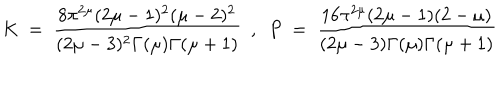
K ~ = ~ \frac { 8 \pi ^ { 2 \mu } ( 2 \mu - 1 ) ^ { 2 } ( \mu - 2 ) ^ { 2 } } { ( 2 \mu - 3 ) ^ { 2 } \Gamma ( \mu ) \Gamma ( \mu + 1 ) } ~ ~ , ~ ~ P ~ = ~ \frac { 1 6 \pi ^ { 2 \mu } ( 2 \mu - 1 ) ( 2 - \mu ) } { ( 2 \mu - 3 ) \Gamma ( \mu ) \Gamma ( \mu + 1 ) }